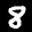
Label: 8